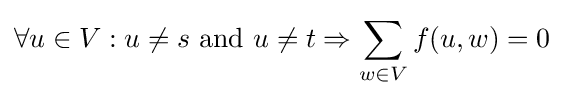
\forall u\in V:u\neq s{\text{ and }}u\neq t\Rightarrow \sum _{w\in V}f(u,w)=0